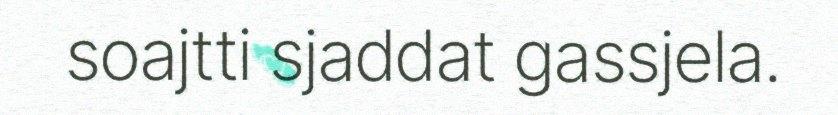
soajtti sjaddat gassjela.